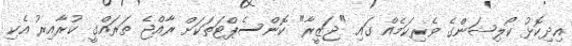
އިދިކޮޅު ކޯލިޝަންގެ ވެރިކަމެއް ގައި "ޖަޒީރާ" ކޮންސެޕްޓަތަކަށް ރާއްޖެ ތަރައްގީ ކުރާއިރު އެކި